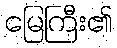
မြေကြီး၏